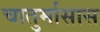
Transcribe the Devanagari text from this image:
चातुर्मासास